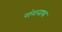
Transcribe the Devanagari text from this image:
गंगनाथ